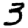
Digit: 3